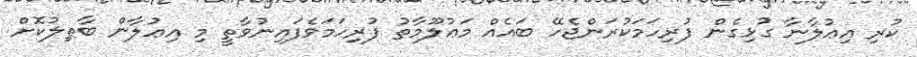
ކުރި އިޢުލާނާ ގުޅިގެން ފުރިހަމަކުރަންޖެހޭ ބައެއް މަޢުލޫމާތު ފުރިހަމަވެފައިނުވާތީ މި އިޢުލާން ބާޠިލުކޮށް